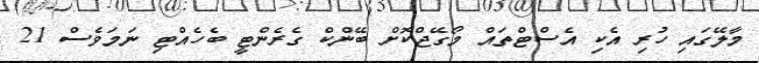
މާލޭގައި ހުރި އެކި އެސްޓްތައް މޯގޭޖްކޮށް ބޭންކް ގެރެންޓީ ބެހެއްޓި ނަމަވެސް 21